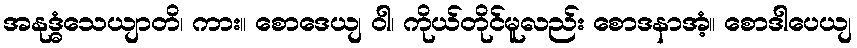
အနုဒ္ဓံသေယျာတိ၊ ကား။ စောဒေယျ ဝါ၊ ကိုယ်တိုင်မူလည်း စောဒနာအံ့။ စောဒါပေယျ